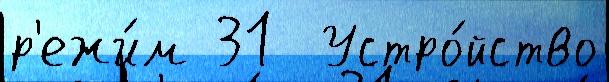
р'ежи́м 31  Устро́йство